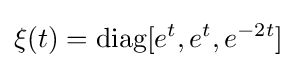
\xi (t)=\mathrm {diag} [e^{t},e^{t},e^{-2t}]